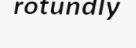
rotundly